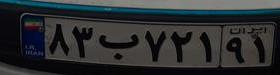
۸۳ب۷۲۱۹۱